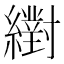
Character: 𦆹